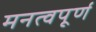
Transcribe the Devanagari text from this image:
मनत्वपूर्ण